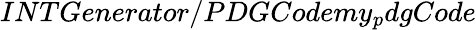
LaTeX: INTGenerator/PDGCodemy_{p}dgCode